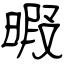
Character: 暇